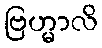
ဗြဟ္မာလိ